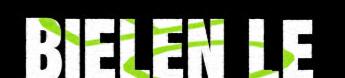
bielen le